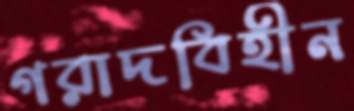
গরাদবিহীন